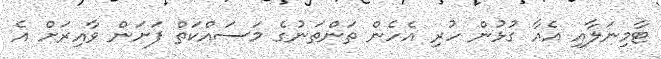
ޓާމިނަލާއި އެއާ ގުޅުން ހުރި އެހެން ތަންތަނުގެ މަސައްކަތް ފަށަން ވާއިރަށް އެ